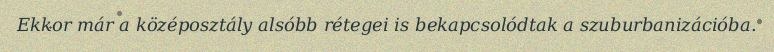
Ekkor már a középosztály alsóbb rétegei is bekapcsolódtak a szuburbanizációba.